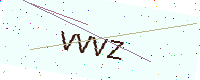
Text: VVVZ